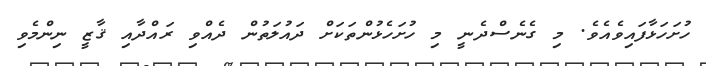
ހުށަހަޅާފައިވެއެވެ. މި ގެނެސްދެނީ މި ހުށަހެޅުންތަކަށް ދައުލަތުން ދެއްވި ރައްދާއި ޤާޒީ ނިންމެވި